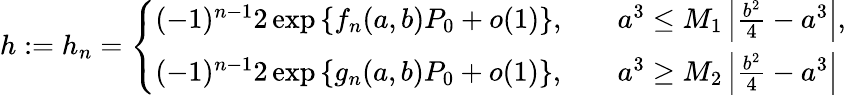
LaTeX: h:=h_{n}=\left\{ \begin{array}{ll}{(-1)^{n-1}2\exp\left\{ f_{n}(a,b)P_{0}+o(1)\right\} ,}&{\quad a^{3}\leq M_{1}\left|\frac{b^{2}}{4}-a^{3}\right|,}\\ {(-1)^{n-1}2\exp\left\{ g_{n}(a,b)P_{0}+o(1)\right\} ,}&{\quad a^{3}\geq M_{2}\left|\frac{b^{2}}{4}-a^{3}\right|}\end{array}\right.